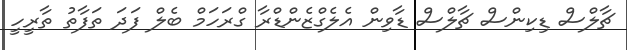
ޗާލްސް ޑިކިންސް ޗާލްސް ޑާވިން އެލެގްޒެންޑްރާ ގްރަހަމް ބެލް ފަދަ ތަފާތު ތާރީހީ